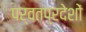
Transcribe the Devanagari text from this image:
पर्वतप्रदेशों